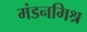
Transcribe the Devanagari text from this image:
मंडनमिश्र